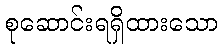
စုဆောင်းရရှိထားသော